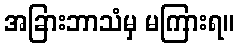
အခြားဘာသံမှ မကြားရ။